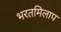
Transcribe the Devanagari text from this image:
भरतमिलाप